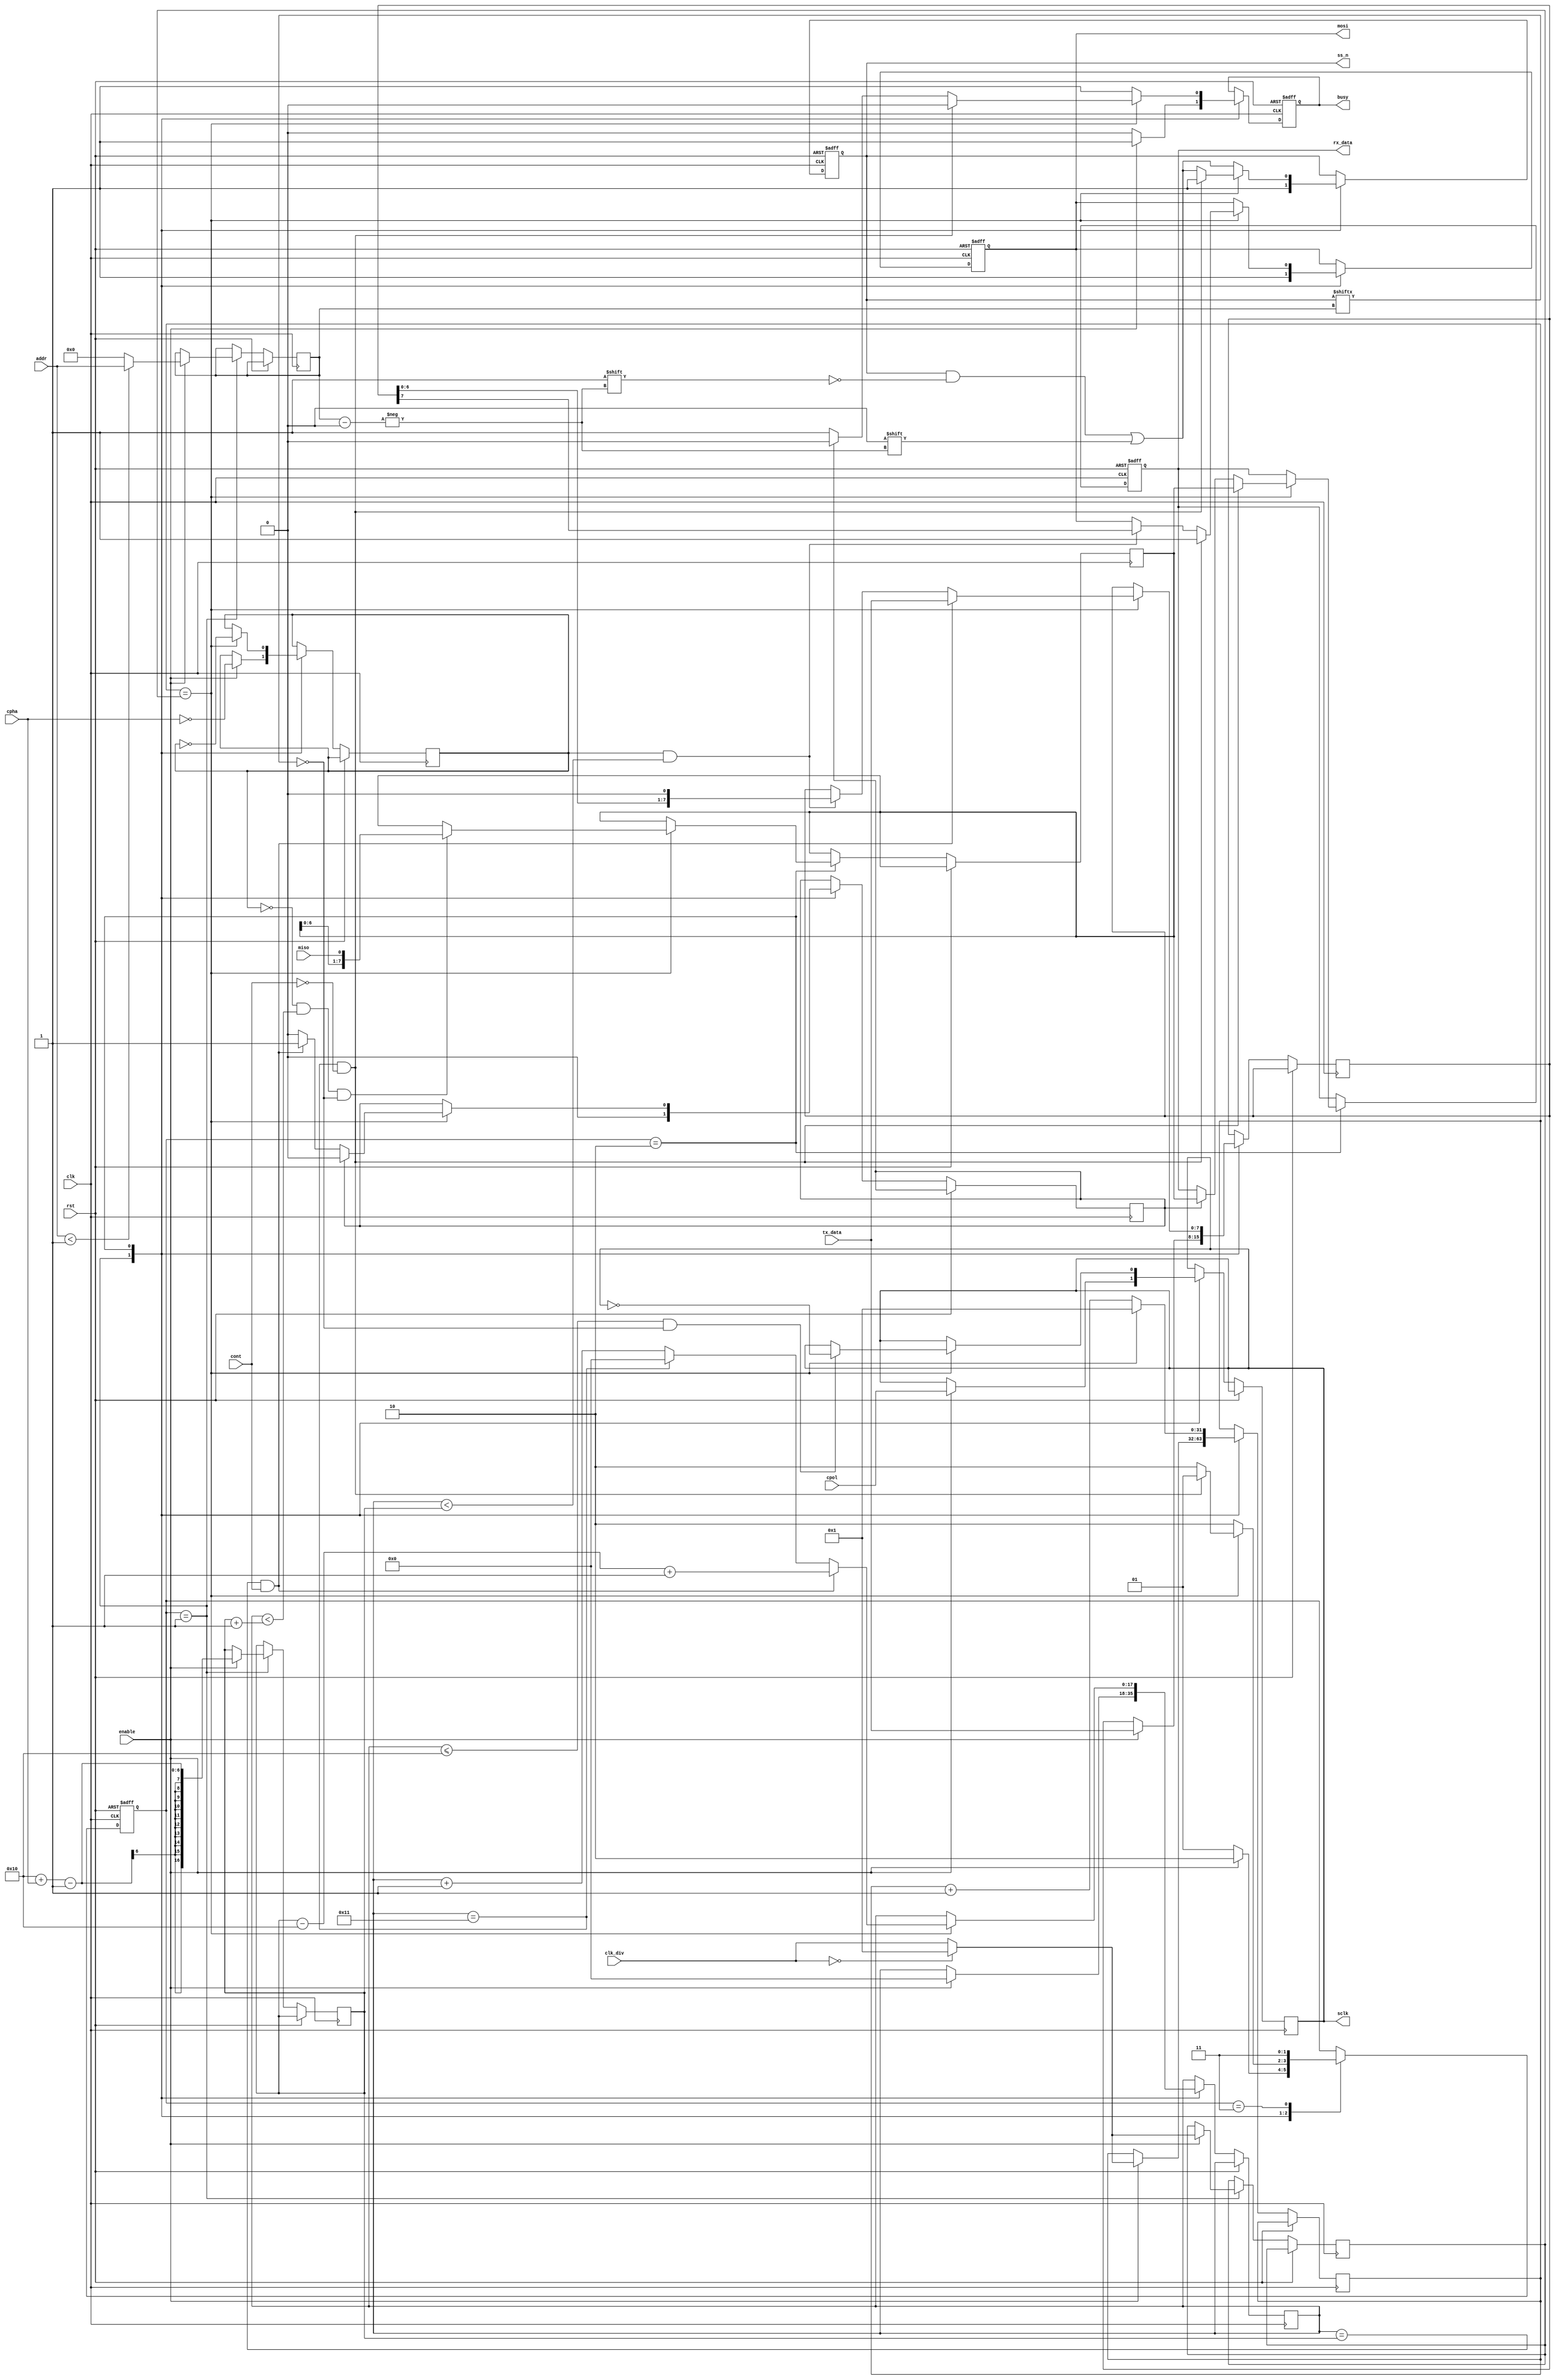
///////////////////////////////////////////////////////////////////////////////////////////////////////////////////////
//code: verilog.
//Developed: Scott Larson.
//translator: engineer training Julk N.
//Data: 8/july/2016.
//Note: Module for manage a spi_master module, Translated from VHDL code of Scott Larson Larson, see web page https://eewiki.net/pages/viewpage.action?pageId=4096079.
//More Info: https://eewiki.net/pages/viewpage.action?pageId=4096079  or in this folder
//Special Thanks: Scott Larson and Nicolas Ospina.
//University: National University of Colombia.
///////////////////////////////////////////////////////////////////////////////////////////////////////////////////////


module spi_master #
(parameter slaves  = 1,
 parameter d_width = 8)
(clk, rst, enable, cpol, cpha, cont, clk_div, addr, tx_data, miso, sclk, ss_n, mosi, busy, rx_data);


/*
                   ______________
 clk      ------->|              |-------> busy            |
 rst      ------->|              |-------> sclk            |
 cpol     ------->|              |-------> ss_n            |
 cpha     ------->|              |												 |CONTROL SIGNALS 
 cont     ------->|              |												 |
 enable   ------->|  spi_master  |												 |
                  |              |
 clk_div  ------->|              |
 addr     ------->|              |
 miso     ------->|              |-------> mosi            |DATA SIGNALS
 tx_data     ---->|______________|-------> rx_data         |

*/

//  parameter slaves = 1; //number of spi_slave
//  parameter d_width = 8; //data bus data width

  input clk, rst, enable, cpol, cpha, cont, miso;
  input [d_width-1:0] tx_data;
  input [31:0] clk_div;
  input [31:0] addr;
  output reg mosi,busy;
  output reg sclk = 1'b0;
  output reg [slaves-1:0] ss_n;
  output reg [d_width-1:0] rx_data;
  
  parameter ready   =2'b01;           //|
  parameter execute =2'b10;           //State machine data type
	parameter delay   =2'b11;

  reg [1:0] state;                    //Current State
  reg [31:0] slave = 31'b0;                   //slave selected for current transaction
  reg [31:0] clk_ratio = 31'b0;               //current clk_div
  reg [31:0] count = 31'b0;                   //counter to trigger sclk from system clock
	reg [31:0] cont_del = 0;
  reg [d_width*2+1:0] clk_toggles = 0;    //count spi clock toggles
  reg assert_data;                    //1'b1 is tx sclk toggle, 1'b0 is rx sclk toggle
  reg continue = 1'b0;                       //flag to continue transaction
  reg [d_width-1:0] rx_buffer = 0;         //receive data buffer
  reg [d_width-1:0] tx_buffer = 0;        //transmit data buffer
  reg [d_width*2:0] last_bit_rx = 0;      //last rx data bit location

  always @(posedge clk, posedge rst) begin
  if (rst) begin
    busy <=1'b1;
    ss_n <= {(slaves){1'b1}};
    mosi <= 1'b1;
    rx_data <=0;
    state <= ready;
  end
  else begin  
    case(state)
      ready: begin
        busy <= 1'b0;
        ss_n <= {(slaves){1'b1}};
        mosi <= 1'b1;
        continue <= 1'b0;
				//user input to initiate transaction
        if (enable) begin
          busy <= 1'b1;
          if (addr < slaves) begin
            slave <= addr;
          end else begin
            slave <= 0;
          end
					if (clk_div == 1'b0) begin
						clk_ratio <= 1;
						count <= 1;
					end else begin
					  clk_ratio <= clk_div;
					  count <= clk_div;
				  end
          sclk <= cpol;
          assert_data <= !cpha;
          tx_buffer <= tx_data;
					clk_toggles <= 0;
					last_bit_rx <= d_width*2 + cpha - 1;
					state <= execute;
        end 
        else begin
          state <= ready;
        end
      end

      execute: begin
		    ss_n [slave] <= 1'b0;	
				busy <= 1'b1;
		    if (count == clk_ratio) begin
					count <= 1;
					assert_data <= !assert_data;
					if (clk_toggles == d_width*2+1) 
		      	clk_toggles <= 0;
		      else
		 				clk_toggles <= clk_toggles+1; //{{(d_width*2){1'b0}},1'b1}
				
					if ((clk_toggles <= d_width*2) && (ss_n[slave]==1'b0)) begin
						sclk <= !sclk;
					end

					if ((assert_data == 1'b0) && (clk_toggles < last_bit_rx+1) && (ss_n[slave]==1'b0)) begin
						rx_buffer <= {rx_buffer[d_width-2:0], miso};
		      end

					if ((assert_data == 1'b1) && (clk_toggles< last_bit_rx)) begin
						mosi <= tx_buffer[d_width-1];
						tx_buffer <= {tx_buffer[d_width-2:0],1'b0};
		      end
		     
					if ((clk_toggles == last_bit_rx) && (cont == 1'b1)) begin
						tx_buffer <= tx_data;
		        clk_toggles <= last_bit_rx - d_width*2+1;
						continue <= 1'b1; 	
						state <= delay; 
		      end

					if(continue) begin
						continue <= 1'b0;
						busy <= 1'b0;
						rx_data <= rx_buffer;
						state <= delay; 
		      end

					if((clk_toggles == d_width*2+1) && (cont == 1'b0)) begin
						busy <=1'b0;
						ss_n <= {(slaves){1'b1}};
						mosi <= 1'b1;
						rx_data <= rx_buffer;
						state <= ready;
		      end
					else begin
		  			state <= execute;
					end
				end
				else begin
					count <= count+1; //{{(30){1'b0}},1'b1}
					state <= execute;
		    end
		  end
	
			delay: begin
				if(cont_del==clk_ratio*last_bit_rx)begin
					state <= execute;
				end else
					cont_del <= cont_del+1; 
					state<=delay;
			end			
		endcase
	end
end 
endmodule